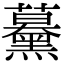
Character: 𧅌